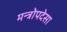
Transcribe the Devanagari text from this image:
मन्त्रोपदेसा